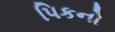
પિકનો